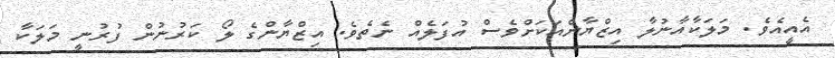
އެއީއެވެ. މަލަކާއާނުލާ އިޒްޔާންއަކަށްވެސް އުފަލެއް ނެތެވެ. އިޒްޔާންގެ ލޯ ކަރުނުން ފުރުނީ މަލަކާ